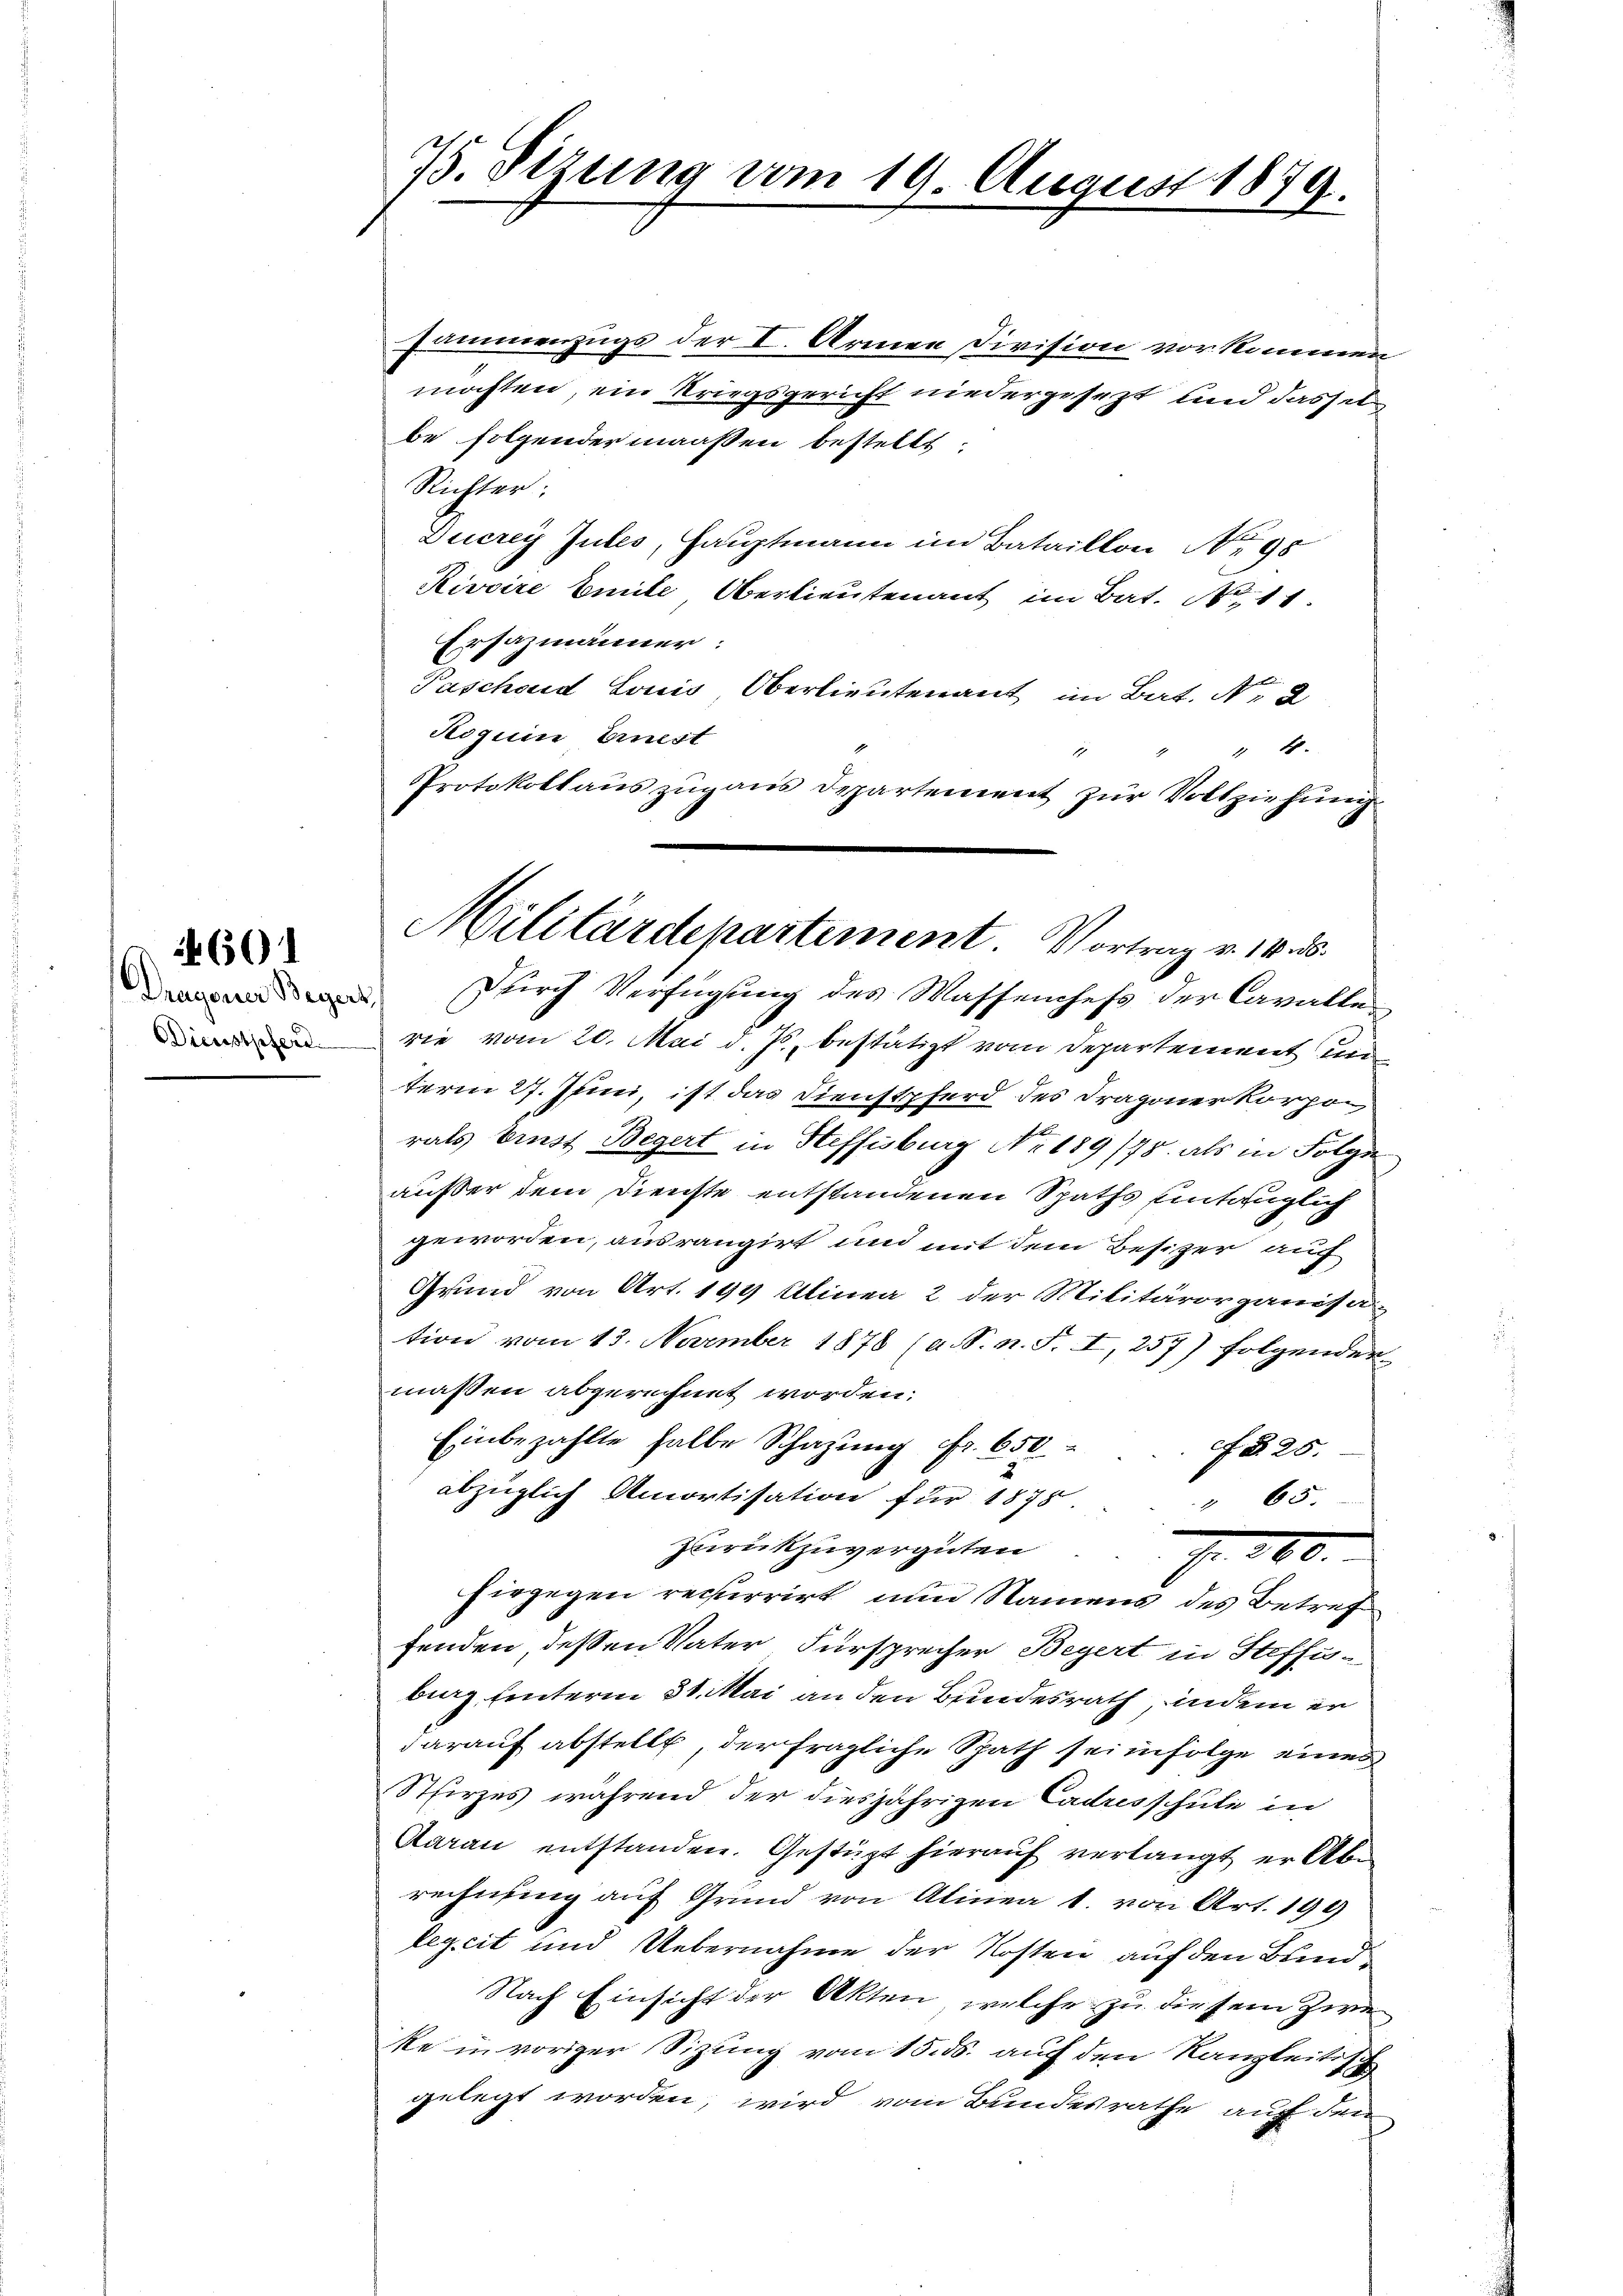
Dragener Begers
Dienstpfer.

4601

75. Sizung vom 19. August 1879.

Militärdepartement. Vortrag v. 14. ds.

sammenzugs der I. Armen Division vorkommen
möchten, ein Kriegsgericht niedergesezt und dassel
be folgendermaaßen bestellt,
Richter.
Ducrey Zules, Hauptmann im Bataillon No 98
Rivoire Emile Oberlieutenant im Bat. No 11.
Ersazmänner:
Pascheid Louis Oberlieutenant im Bat. N. 2
Roquin Einest
" 4.
Protokollaus zugaus Departement zur Vollziehung
 Durch Verfügung des Wassenchefs der Cavalle
rie vom 20. Mai d. Js., bestätigt vom Departement un
term 27. Juni, ist das Dienstpferd des Dragoner Korpor
f
rats Einst Begert in Steffisburg Nr. 189 (75. als in Folge
außer dem Dienste entstandenen Spaths eintauglich
geworden, ausrangirt und mit dem Besizer auff
Grund von Art. 194 Alinea 2 der Militärorganisa-
tion vom 13. November 1878 (a. S. n. F. I, 257) folgender
maßen abgerechnet worden.
Einbezahlte halbe Schazung fr. 650
f 825.
abzüglich Amortisation für 1878.
65.
zŭrückzuvergüten. Fr. 200.
hirgegen recurrirt nun Namens des Betref
fenden dessen Vater Fürsprecher Begert in Steffubig unterm 31. Mai an den Bundesrath, indem er
darauf abstellt der fragliche Spath sei infolge eines
Sthirzes während der diesjährigen Cadresschule in
Aarau entstanden. Gestügt hierauf verlangt er Abe
rechnung auf Grund von Alinea 1 von Art. 199
lezeit und Uebernahme der Kosten auf den Bund
Nach Einsicht der Akten, welche zu diesem Zweke in voriger Sitzung vom 15. ds. auf den Kanzleitisch
gelegt worden, wird vom Bundesrathe auf den